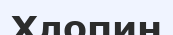
Хлопин